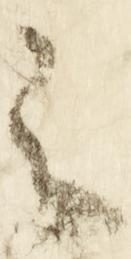
之